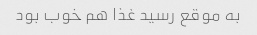
به موقع رسید غذا هم خوب بود